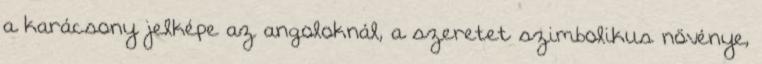
a karácsony jelképe az angoloknál, a szeretet szimbolikus növénye,